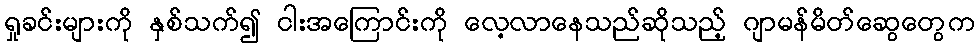
ရှုခင်းများကို နှစ်သက်၍ ငါးအကြောင်းကို လေ့လာနေသည်ဆိုသည့် ဂျာမန်မိတ်ဆွေတွေက